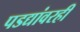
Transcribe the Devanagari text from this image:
पडद्यांवरही